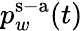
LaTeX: p_{w}^{\mathrm{s-a}}(t)